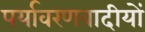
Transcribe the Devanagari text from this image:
पर्यावरणवादीयों